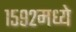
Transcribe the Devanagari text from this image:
१५९२मध्ये